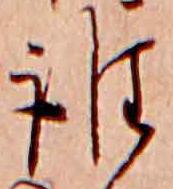
誰